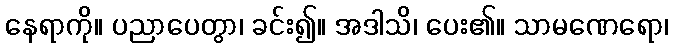
နေရာကို။ ပညာပေတွာ၊ ခင်း၍။ အဒါသိ၊ ပေး၏။ သာမဏေရော၊